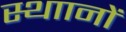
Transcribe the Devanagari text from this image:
स्थाानों